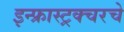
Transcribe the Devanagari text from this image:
इन्फ्रास्ट्रक्चरचे